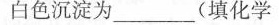
白色沉淀为___( 填化学